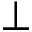
\perp